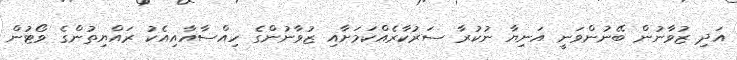
އަދި ޒުވާނުން ބޭނުންވަނީ އަނިޔާ ނުކުރާ ސަރުކާރެއްކަމަށާއި ޒުވާނުންގެ ހިއްސާއާއިއެކު ރައްޔިތުންގެ ވޯޓުން